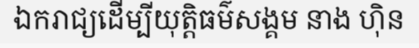
ឯករាជ្យដើម្បីយុត្តិធម៌សង្គម នាង ហ៊ិន